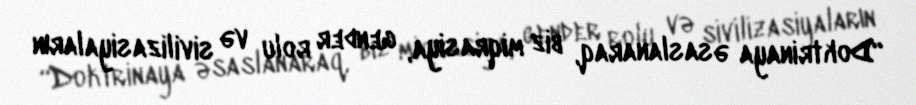
“Doktrinaya əsaslanaraq, biz miqrasiya, gender rolu və sivilizasiyaların